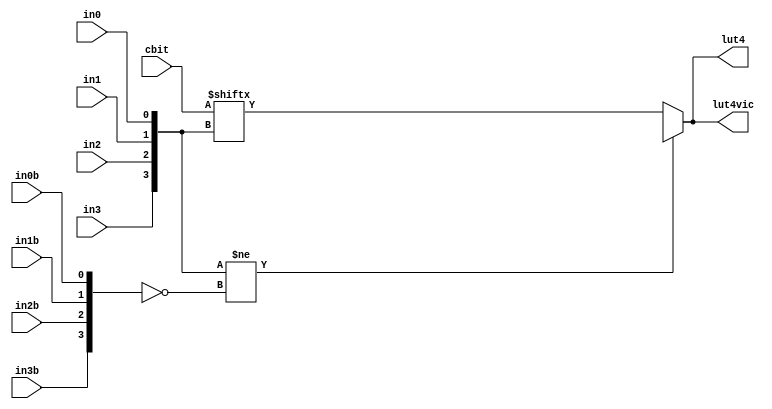
`timescale 1ns/1ns

module clut4vic (lut4, lut4vic, in0, in1, in2, in3, in0b, in1b, in2b, in3b, cbit);

//the output signal
output lut4, lut4vic;

//the input signals
input in0, in1, in2, in3, in0b, in1b, in2b, in3b;
input [15:0] cbit;

reg lut4;
      
`ifdef TIMINGCHECK
  specify
    // delay parameters
    specparam
      tplh$cbit0$lut4= 1.0,
      tphl$cbit0$lut4= 1.0,
      tplh$cbit1$lut4= 1.0,
      tphl$cbit1$lut4= 1.0,
      tplh$cbit2$lut4= 1.0,
      tphl$cbit2$lut4= 1.0,
      tplh$cbit3$lut4= 1.0,
      tphl$cbit3$lut4= 1.0,
      tplh$cbit4$lut4= 1.0,
      tphl$cbit4$lut4= 1.0,
      tplh$cbit5$lut4= 1.0,
      tphl$cbit5$lut4= 1.0,
      tplh$cbit6$lut4= 1.0,
      tphl$cbit6$lut4= 1.0,
      tplh$cbit7$lut4= 1.0,
      tphl$cbit7$lut4= 1.0,
      tplh$cbit8$lut4= 1.0,
      tphl$cbit8$lut4= 1.0,
      tplh$cbit9$lut4= 1.0,
      tphl$cbit9$lut4= 1.0,
      tplh$cbit10$lut4= 1.0,
      tphl$cbit10$lut4= 1.0,
      tplh$cbit11$lut4= 1.0,
      tphl$cbit11$lut4= 1.0,
      tplh$cbit12$lut4= 1.0,
      tphl$cbit12$lut4= 1.0,
      tplh$cbit13$lut4= 1.0,
      tphl$cbit13$lut4= 1.0,
      tplh$cbit14$lut4= 1.0,
      tphl$cbit14$lut4= 1.0,
      tplh$cbit15$lut4= 1.0,
      tphl$cbit15$lut4= 1.0,
      tplh$in3$lut4= 1.0,
      tphl$in3$lut4= 1.0,
      tplh$in2$lut4= 1.0,
      tphl$in2$lut4= 1.0,
      tplh$in1$lut4= 1.0,
      tphl$in1$lut4= 1.0,
      tplh$in0$lut4= 1.0,
      tphl$in0$lut4= 1.0;
      tplh$in3b$lut4= 1.0,
      tphl$in3b$lut4= 1.0,
      tplh$in2b$lut4= 1.0,
      tphl$in2b$lut4= 1.0,
      tplh$in1b$lut4= 1.0,
      tphl$in1b$lut4= 1.0,
      tplh$in0b$lut4= 1.0,
      tphl$in0b$lut4= 1.0;

    // path delays
     (cbit[15] *> lut4) = (tplh$cbit15$lut4, tphl$cbit15$lut4);
     (cbit[14] *> lut4) = (tplh$cbit14$lut4, tphl$cbit14$lut4);
     (cbit[13] *> lut4) = (tplh$cbit13$lut4, tphl$cbit13$lut4);
     (cbit[12] *> lut4) = (tplh$cbit12$lut4, tphl$cbit12$lut4);
     (cbit[11] *> lut4) = (tplh$cbit11$lut4, tphl$cbit11$lut4);
     (cbit[10] *> lut4) = (tplh$cbit10$lut4, tphl$cbit10$lut4);
     (cbit[9] *> lut4) = (tplh$cbit9$lut4, tphl$cbit9$lut4);
     (cbit[8] *> lut4) = (tplh$cbit8$lut4, tphl$cbit8$lut4);
     (cbit[7] *> lut4) = (tplh$cbit7$lut4, tphl$cbit7$lut4);
     (cbit[6] *> lut4) = (tplh$cbit6$lut4, tphl$cbit6$lut4);
     (cbit[5] *> lut4) = (tplh$cbit5$lut4, tphl$cbit5$lut4);
     (cbit[4] *> lut4) = (tplh$cbit4$lut4, tphl$cbit4$lut4);
     (cbit[3] *> lut4) = (tplh$cbit3$lut4, tphl$cbit3$lut4);
     (cbit[2] *> lut4) = (tplh$cbit2$lut4, tphl$cbit2$lut4);
     (cbit[1] *> lut4) = (tplh$cbit1$lut4, tphl$cbit1$lut4);
     (cbit[0] *> lut4) = (tplh$cbit0$lut4, tphl$cbit0$lut4);
     (in3 *> lut4) = (tplh$in3$lut4, tphl$in3$lut4);
     (in2 *> lut4) = (tplh$in2$lut4, tphl$in2$lut4);
     (in1 *> lut4) = (tplh$in1$lut4, tphl$in1$lut4);
     (in0 *> lut4) = (tplh$in0$lut4, tphl$in0$lut4);     
     (in3b *> lut4) = (tplh$in3b$lut4, tphl$in3b$lut4);
     (in2b *> lut4) = (tplh$in2b$lut4, tphl$in2b$lut4);
     (in1b *> lut4) = (tplh$in1b$lut4, tphl$in1b$lut4);
     (in0b *> lut4) = (tplh$in0b$lut4, tphl$in0b$lut4);     
  endspecify
`endif

   reg tmp;

   always @(in0 or in1 or in2 or in3 or in0b or in1b or in2b or in3b or cbit) begin

      tmp = in0 ^ in1 ^ in2 ^ in3;

      if ({in3, in2, in1, in0} != ~{in3b, in2b, in1b, in0b})
         lut4 = 1'bx;
      else if (tmp == 0 || tmp == 1)
         lut4 = cbit[{in3, in2, in1, in0}];
      else
         lut4 = lut_mux ({lut_mux (cbit[15:12], {in1, in0}), lut_mux (cbit[11:8], {in1, in0}), lut_mux (cbit[7:4], {in1, in0}), lut_mux (cbit[3:0], {in1, in0})}, {in3, in2});

   end


   function lut_mux;
   input [3:0] d;
   input [1:0] s;

      begin

         if ((s[1]^s[0] ==1) || (s[1]^s[0] ==0))
            lut_mux = d[s];
         else if ((d[0] ^ d[1]) == 0 && (d[2] ^ d[3]) == 0 && (d[0] ^ d[2]) == 0)
            lut_mux = d[0];
         else if ((s[1] == 0) && (d[0] == d[1]))
            lut_mux = d[0];
         else if ((s[1] == 1) && (d[2] == d[3]))
            lut_mux = d[2];
         else if ((s[0] == 0) && (d[0] == d[2]))
            lut_mux = d[0];
         else if ((s[0] == 1) && (d[1] == d[3]))
            lut_mux = d[1];
         else
            lut_mux = 1'b0;

      end

   endfunction

   assign lut4vic = lut4;

endmodule // clut4